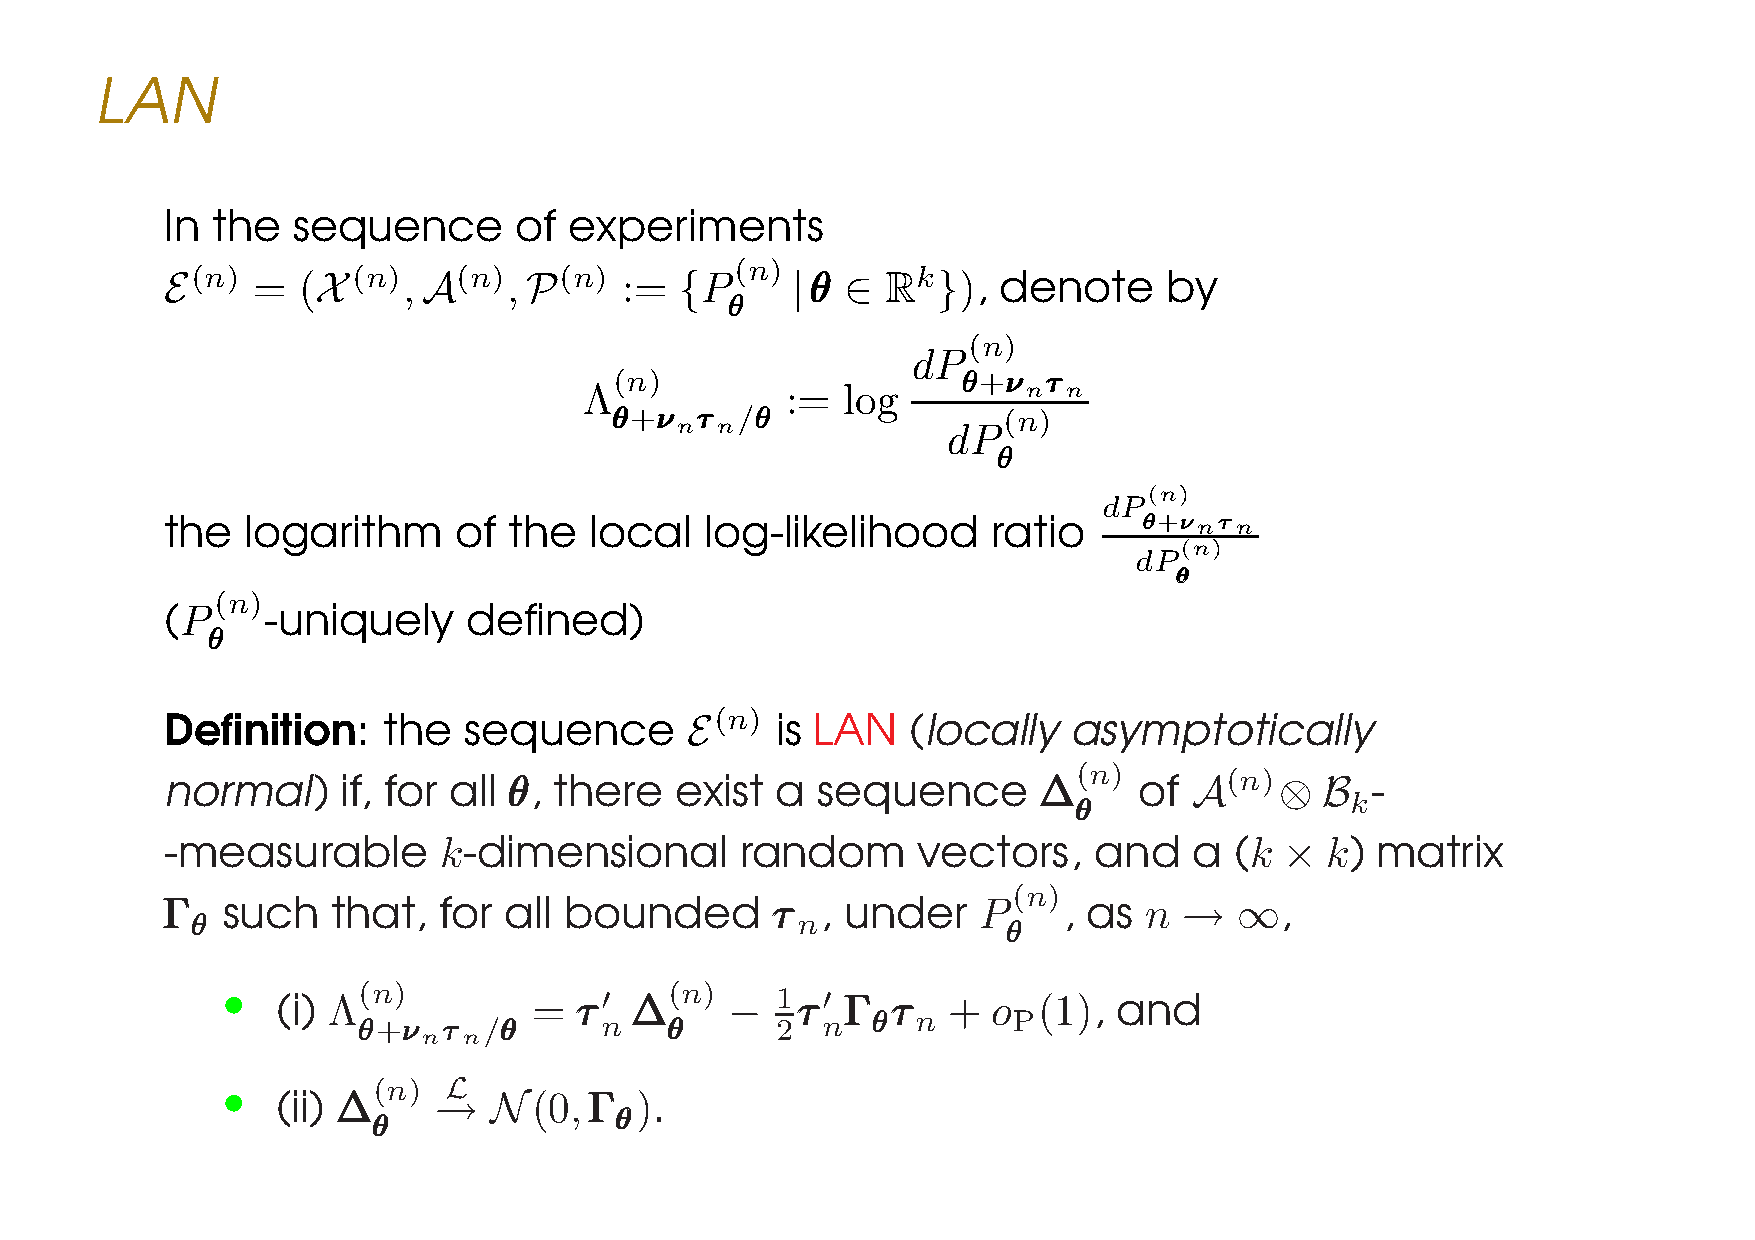
LAN
 In the  sequence       of  experiments
 E(n)  =  (X (n), A(n),  P(n)  :=  {P(n)  |θθθ ∈ Rk}),  denote     by
 θθθ
 (n)
 dP
 (n)                    θθθ+ννν τττ
 Λ            :=  log         n  n
 θθθ+ννν τττ /θθθ          (n)
 n n               dP
 θθθ
 (n)
 dP
 the  logarithm     of  the  local   log-likelihood     ratio    θθθ+νννnτττn
 (n)
 dP
 θθθ
 (n)
 (P    -uniquely     defined)
 θθθ
 Definition:   the   sequence      E(n)  is LAN   (locally   asymptotically
 (n)
 normal)     if, for all θθθ, there exist a sequence       ∆∆∆   of  A(n)⊗   B   -
 k
 θθθ
 -measurable       k-dimensional       random      vectors,   and    a  (k ×  k) matrix
 (n)
 ΓΓΓ such   that,  for all bounded       τττ , under   P    , as  n →   ∞,
 θθθ                                     n
 θθθ
 •  (i) Λ(n)         =  τττ′ ∆∆∆(n) − 1 τττ′ ΓΓΓ τττ + o (1), and
 θθθ+ννν τττ /θθθ n  θθθ    2  n   θθθ n    P
 n  n
 •         (n) L
 (ii) ∆∆∆   →  N(0,ΓΓΓ   ).
 θθθ
 θθθ
 LE CAM’S ASYMPTOTIC THEORY IN A NUTSHELL –p.6/46